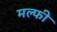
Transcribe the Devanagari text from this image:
मल्फी